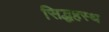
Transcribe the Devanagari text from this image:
सिद्धहस्थ